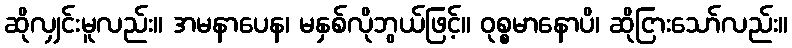
ဆိုလျှင်းမူလည်း။ အမနာပေန၊ မနှစ်လိုဘွယ်ဖြင့်။ ဝုစ္စမာနောပိ၊ ဆိုငြားသော်လည်း။